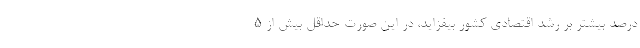
درصد بیشتر بر رشد اقتصادی کشور بیفزاید، در این صورت حداقل بیش از ۵